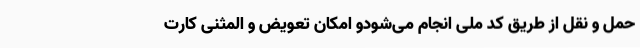
حمل و نقل از طریق کد ملی انجام می‌شودو امکان تعویض و المثنی کارت